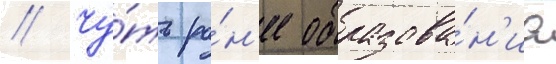
// Чу́ть ра́н'ее образова́н'иа